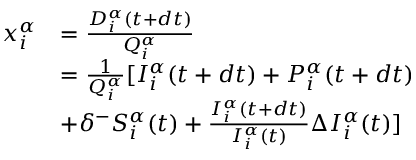
\begin{array} { r l } { x _ { i } ^ { \alpha } } & { = \frac { D _ { i } ^ { \alpha } ( t + d t ) } { Q _ { i } ^ { \alpha } } } \\ & { = \frac { 1 } { Q _ { i } ^ { \alpha } } [ I _ { i } ^ { \alpha } ( t + d t ) + P _ { i } ^ { \alpha } ( t + d t ) } \\ & { + \delta ^ { - } S _ { i } ^ { \alpha } ( t ) + \frac { I _ { i } ^ { \alpha } ( t + d t ) } { I _ { i } ^ { \alpha } ( t ) } \Delta I _ { i } ^ { \alpha } ( t ) ] } \end{array}